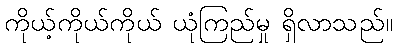
ကိုယ့်ကိုယ်ကိုယ် ယုံကြည်မှု ရှိလာသည်။